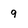
Character: 9